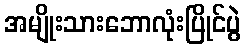
အမျိုးသားဘောလုံးပြိုင်ပွဲ